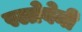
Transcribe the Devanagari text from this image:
स्लोवेनी